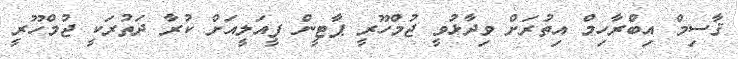
ޤާސިމް އިބްރާހިމް އިތުރަށް ވިދާޅުވީ ޖުމްހޫރީ ޕާޓީން ފީއަލީއަށް ކުރާ ދަތުރަކީ ޖުމްހޫރީ